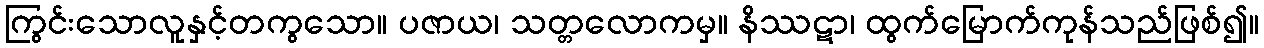
ကြွင်းသောလူနှင့်တကွသော။ ပဇာယ၊ သတ္တလောကမှ။ နိဿဋာ၊ ထွက်မြောက်ကုန်သည်ဖြစ်၍။